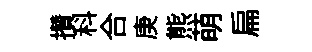
攢科合庚熊萌扁